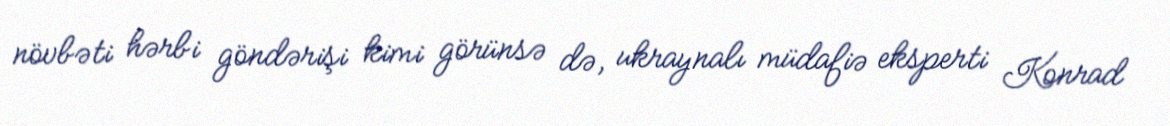
növbəti hərbi göndərişi kimi görünsə də, ukraynalı müdafiə eksperti Konrad